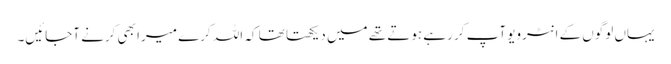
یہاں لوگوں کے انٹرویو آپ کر رہے ہوتے تھے میں دیکھتا تھا کہ اللہ کرے میرا بھی کرنے آجائیں۔